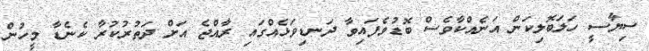
ސިޔާސީ ހަލަބޮލިކަން އަނެއްކާވެސް ބޮޑުވެފައިވާ ދަނޑިވަޅެއްގައި ރާއްޖެ އަށް ދަތުރުކުރާ ކެނެޑާ މީހުން